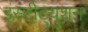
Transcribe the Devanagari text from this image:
इंस्टीट्युशन